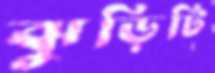
ঝুড়িটি